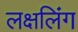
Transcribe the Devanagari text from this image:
लक्षलिंग